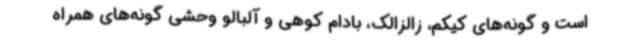
است و گونه‌های کیکم، زالزالک، بادام کوهی و آلبالو وحشی گونه‌های همراه